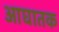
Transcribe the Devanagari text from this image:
आघातक